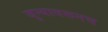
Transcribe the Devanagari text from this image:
जुन्यावरूनच